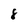
Character: 8